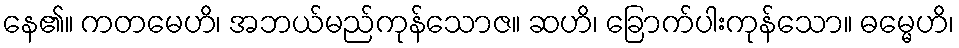
နေ၏။ ကတမေဟိ၊ အဘယ်မည်ကုန်သောဇ။ ဆဟိ၊ ခြောက်ပါးကုန်သော။ ဓမ္မေဟိ၊